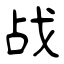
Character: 战